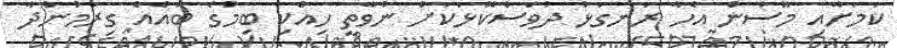
ކަމަށާއި މޫސުން އެހާ ރަނގަޅު ދުވަސްކޮޅަކަށް ނުވާތީ ހިއްކި ބިމުގެ ބައެއް ގިރަމުންދާ